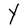
Character: Y